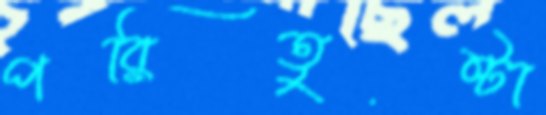
পরিতুষ্টা